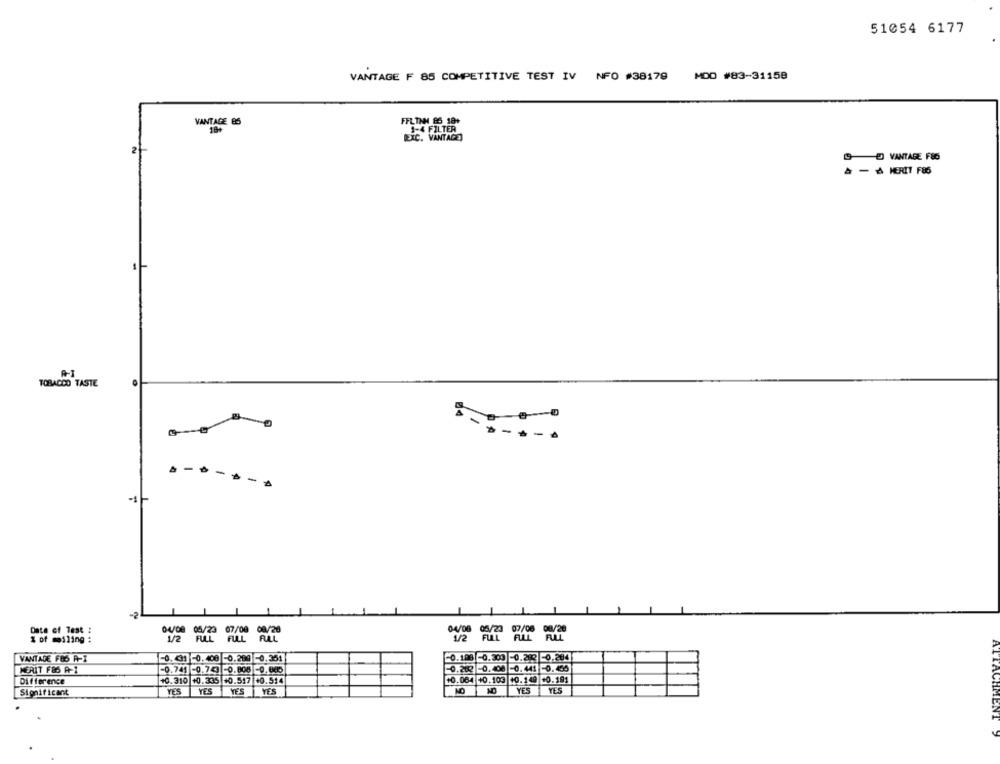
51054 6177
MDD #83-31158
VANTAGE F 85 COMPETITIVE TEST IV NFO #38179
VANTAGE 85
18+
FFLTAN GS 18+
REXC. VANTAGE)
2
VANTAGE F&G
A MERIT F85
TOBACCO TASTE
-----
--
-1
-2
Date of Test :
04/08 05/23 07/08 08/20
1 of miling :
1/2 FULL FULL RAL
VANTAGE FOS A-X
-0. 31 -0.408 -0.209 -0.351
0.108 0.303 0.282 0.284
MERIT F&S A-1
-0.741 -0.743 -0.808 -0.000
0.202 -0.400 -0.441 -0.455
Difference
+0.310 +0.335 +0.517 +0.514
+0.064 +0.103 10. 149 +0.191
Significant
YES
YES
YES
YES
NO
YES YES
ATTACHMENTS